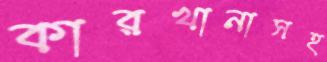
কারখানাসহ